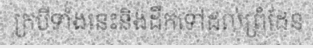
ក្របីទាំងនេះនិងដឹកទៅដល់ព្រំដែន